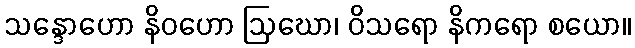
သန္ဒောဟော နိဝဟော ဩဃော၊ ဝိသရော နိကရော စယော။